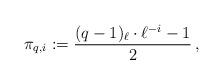
LaTeX: \begin{align*}\pi_{q,i} :=\frac{(q-1)_\ell\cdot \ell^{-i} - 1}{2}\,,\end{align*}